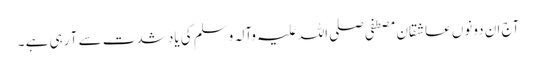
آج ان دونوں عاشقان مصطفی صلی اللہ علیہ وآلہ وسلم کی یاد شدت سے آ رہی ہے ۔